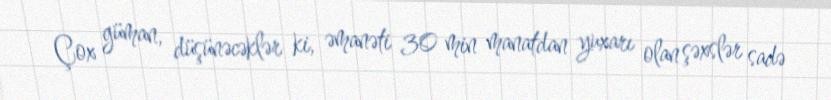
Çox güman, düşünəcəklər ki, əmanəti 30 min manatdan yuxarı olan şəxslər sadə